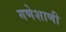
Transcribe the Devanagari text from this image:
गणेशाणी